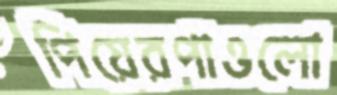
পিয়েরপাওলো